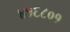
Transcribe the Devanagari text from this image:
४१६८०१